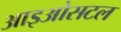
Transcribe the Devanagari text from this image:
आइओसटल